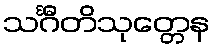
သင်္ဂီတိသုတ္တေန